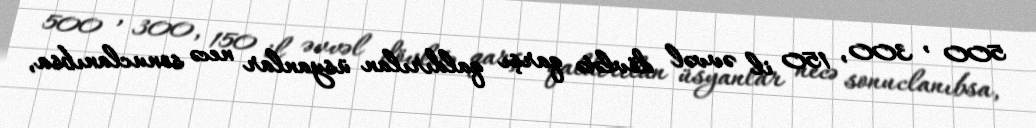
500 , 300, 150 il əvvəl dövlətə qarşı qaldırılan üsyanlar necə sonuclanıbsa,